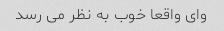
وای واقعا خوب به نظر می رسد